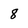
Character: 8